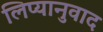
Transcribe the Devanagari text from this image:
लिप्यानुवाद